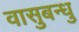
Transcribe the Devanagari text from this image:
वासुबन्धु